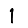
Digit: 1